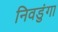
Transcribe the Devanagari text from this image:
निवडुंगा